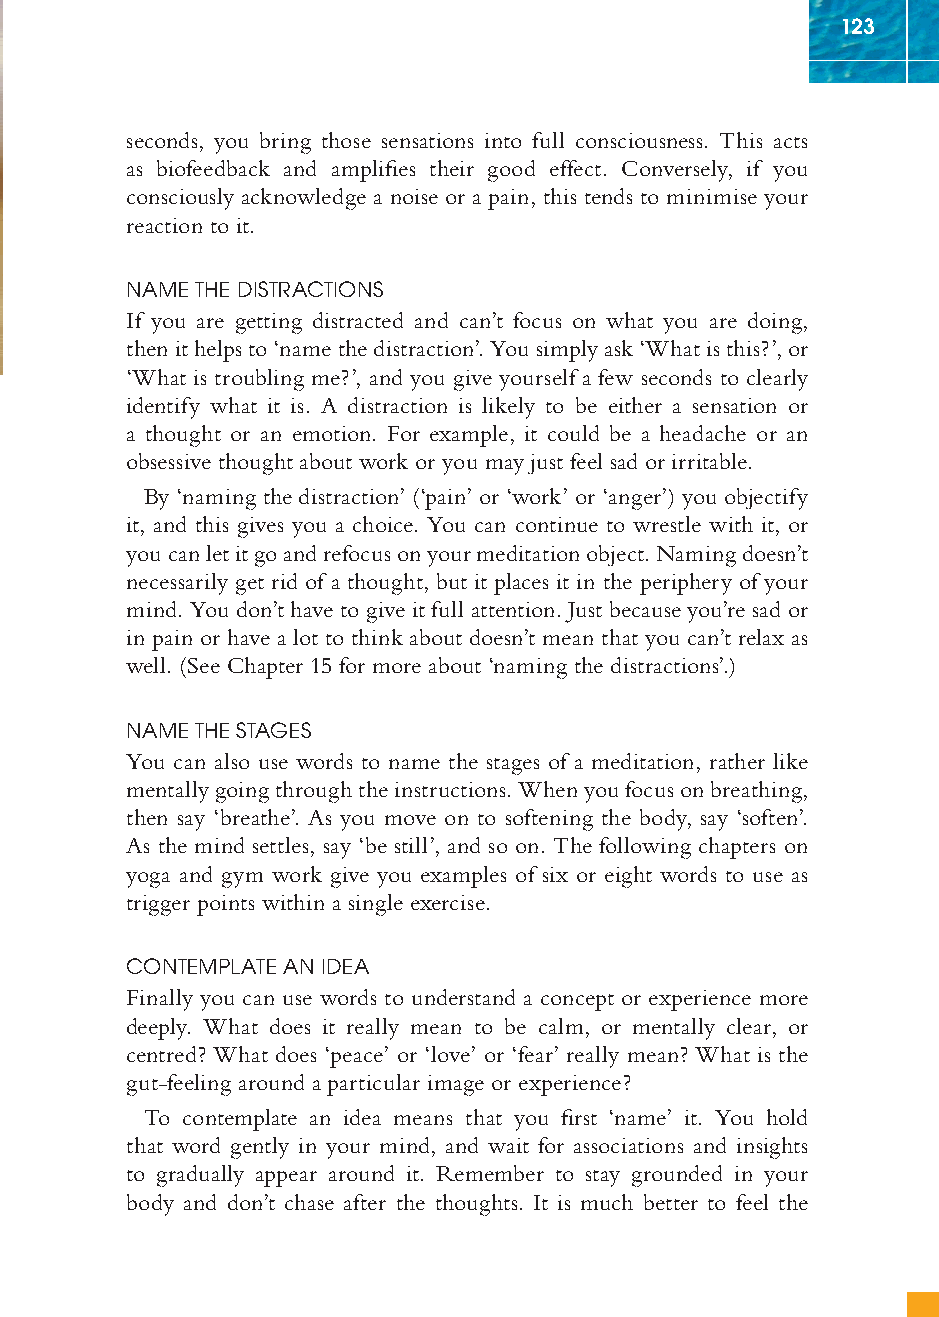
123
 seconds, you bring those sensations into full consciousness. This acts
 as biofeedback and amplifi es their good effect. Conversely, if you
 consciously acknowledge a noise or a pain, this tends to minimise your
 reaction to it.
 NAME THE DISTRACTIONS
 If you are getting distracted and can’t focus on what you are doing,
 then it helps to ‘name the distraction’. You simply ask ‘What is this?’, or
 ‘What is troubling me?’, and you give yourself a few seconds to clearly
 identify what it is. A distraction is likely to be either a sensation or
 a thought or an emotion. For example, it could be a headache or an
 obsessive thought about work or you may just feel sad or irritable.
 By ‘naming the distraction’ (‘pain’ or ‘work’ or ‘anger’) you objectify
 it, and this gives you a choice. You can continue to wrestle with it, or
 you can let it go and refocus on your meditation object. Naming doesn’t
 necessarily get rid of a thought, but it places it in the periphery of your
 mind. You don’t have to give it full attention. Just because you’re sad or
 in pain or have a lot to think about doesn’t mean that you can’t relax as
 well. (See Chapter 15 for more about ‘naming the distractions’.)
 NAME THE STAGES
 You can also use words to name the stages of a meditation, rather like
 mentally going through the instructions. When you focus on breathing,
 then say ‘breathe’. As you move on to softening the body, say ‘soften’.
 As the mind settles, say ‘be still’, and so on. The following chapters on
 yoga and gym work give you examples of six or eight words to use as
 trigger points within a single exercise.
 CONTEMPLATE AN IDEA
 Finally you can use words to understand a concept or experience more
 deeply. What does it really mean to be calm, or mentally clear, or
 centred? What does ‘peace’ or ‘love’ or ‘fear’ really mean? What is the
 gut-feeling around a particular image or experience?
 To contemplate an idea means that you fi rst ‘name’ it. You hold
 that word gently in your mind, and wait for associations and insights
 to gradually appear around it. Remember to stay grounded in your
 body and don’t chase after the thoughts. It is much better to feel the
 ffiivvee__220000667788..iinndddd SSeecc11::112277   3300//55//0055 55::0055::3311 PPMM